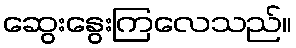
ဆွေးနွေးကြလေသည်။